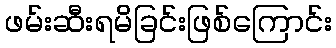
ဖမ်းဆီးရမိခြင်းဖြစ်ကြောင်း